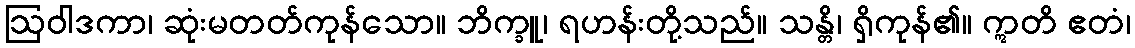
ဩဝါဒကာ၊ ဆုံးမတတ်ကုန်သော။ ဘိက္ခူ၊ ရဟန်းတို့သည်။ သန္တိ၊ ရှိကုန်၏။ ဣတိ ဧတံ၊